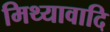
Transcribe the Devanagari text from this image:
मिथ्यावादि